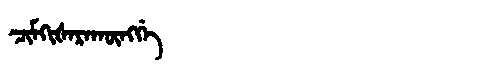
Manchu: ᠴᡳᠮᡴᡳᡧᠠᡵᠠᡴᡡᠩᡤᡝ
Romanization: CIMKIŠARAKŪNGGE